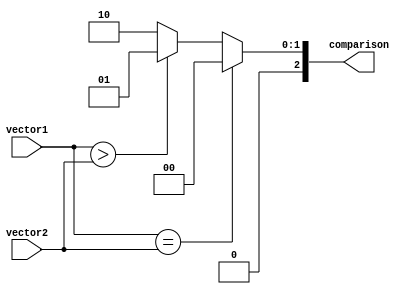
module comparator (
    input [63:0] vector1,
    input [63:0] vector2,
    output reg [2:0] comparison
);

always @* begin
    if (vector1 == vector2) begin
        comparison = 3'b000; // equal
    end else if (vector1 > vector2) begin
        comparison = 3'b001; // greater than
    end else begin
        comparison = 3'b010; // less than
    end
end

endmodule